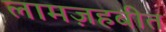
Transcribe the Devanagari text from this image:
लामज़हबीत